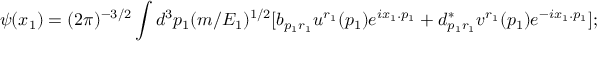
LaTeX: \psi ( x _ { 1 } ) = ( 2 \pi ) ^ { - 3 / 2 } \int d ^ { 3 } p _ { 1 } ( m / E _ { 1 } ) ^ { 1 / 2 } [ b _ { p _ { 1 } r _ { 1 } } u ^ { r _ { 1 } } ( p _ { 1 } ) e ^ { i x _ { 1 } . p _ { 1 } } + d _ { p _ { 1 } r _ { 1 } } ^ { * } v ^ { r _ { 1 } } ( p _ { 1 } ) e ^ { - i x _ { 1 } . p _ { 1 } } ] ;